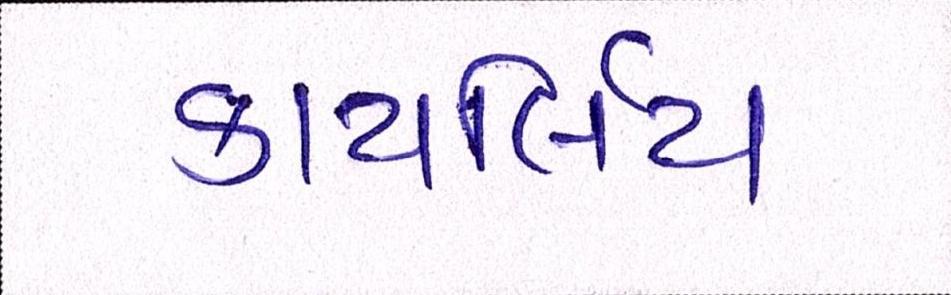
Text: કાયર્લિય